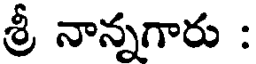
శ్రీ నాన్నగారు :